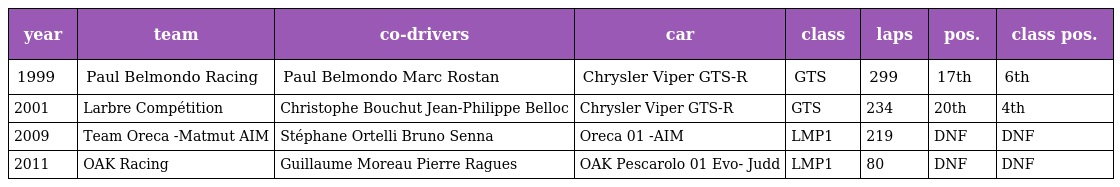
| year | team | co-drivers | car | class | laps | pos. | class pos. |
 | --- | --- | --- | --- | --- | --- | --- | --- |
 | 1999 | Paul Belmondo Racing | Paul Belmondo Marc Rostan | Chrysler Viper GTS-R | GTS | 299 | 17th | 6th |
 | 2001 | Larbre Compétition | Christophe Bouchut Jean-Philippe Belloc | Chrysler Viper GTS-R | GTS | 234 | 20th | 4th |
 | 2009 | Team Oreca -Matmut AIM | Stéphane Ortelli Bruno Senna | Oreca 01 -AIM | LMP1 | 219 | DNF | DNF |
 | 2011 | OAK Racing | Guillaume Moreau Pierre Ragues | OAK Pescarolo 01 Evo- Judd | LMP1 | 80 | DNF | DNF |